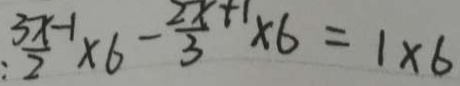
\frac { 3 x - 1 } { 2 } \times 6 - \frac { 2 x + 1 } { 3 } \times 6 = 1 \times 6